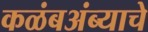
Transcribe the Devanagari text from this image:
कळंबअंब्याचे